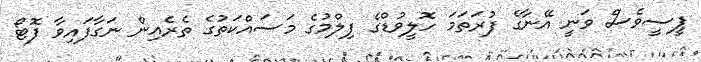
ޕީސީވެސް ވަނީ އޭނާގެ ފުރަތަމަ ހޮލީވުޑްގެ ފިލްމުގެ މަސައްކަތުގެ ތެރެއިން ނަގާފައިވާ ފޮޓޯ